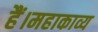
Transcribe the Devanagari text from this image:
हैं।महाकाव्य